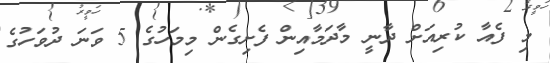
މި ފެއާ ކުރިއަށް ދާނީ މާދަމާއިން ފެށިގެން މިމަހުގެ 5 ވަނަ ދުވަހުގެ